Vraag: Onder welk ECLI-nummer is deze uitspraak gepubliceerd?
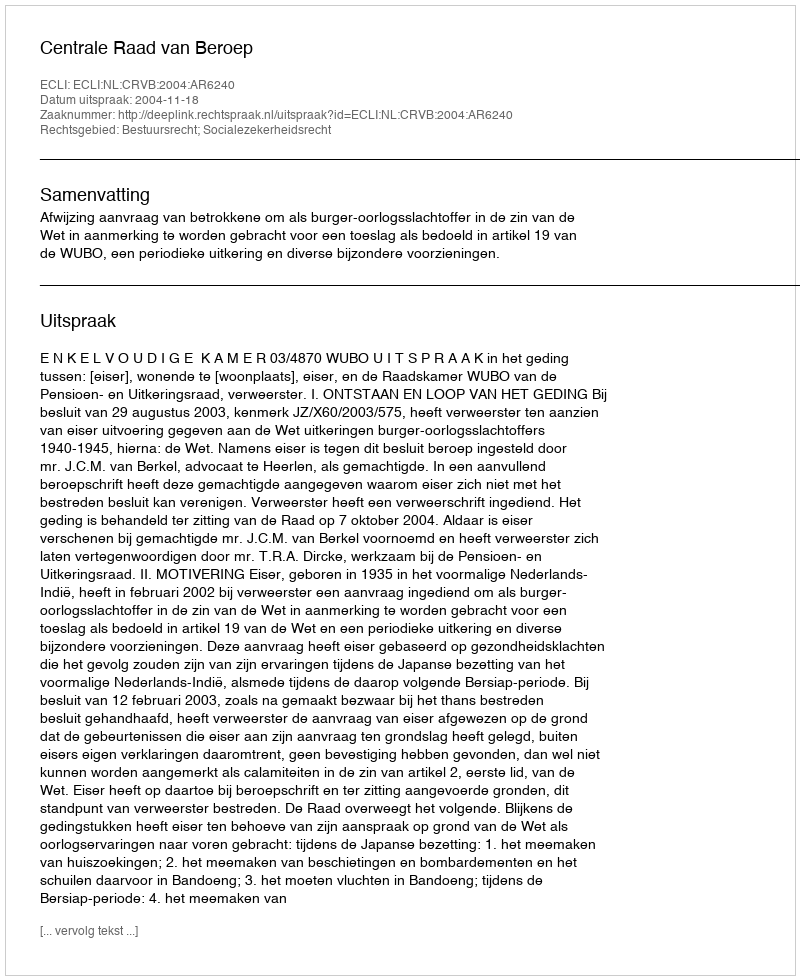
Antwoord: ECLI:NL:CRVB:2004:AR6240